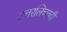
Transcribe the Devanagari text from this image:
उत्तरलिच्छवी